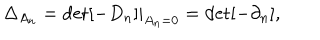
\Delta _ { A _ { n } } = \det [ - D _ { n } ] | _ { A _ { n } = 0 } = \det [ - \partial _ { n } ] ,